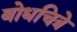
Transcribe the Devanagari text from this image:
बोधचित्रे